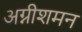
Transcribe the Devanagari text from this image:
अग्नीशमन